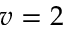
v = 2